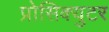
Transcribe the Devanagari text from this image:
प्रोसिक्युटर